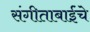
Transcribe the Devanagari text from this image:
संगीताबाईंचे